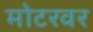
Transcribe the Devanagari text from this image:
मोटरवर